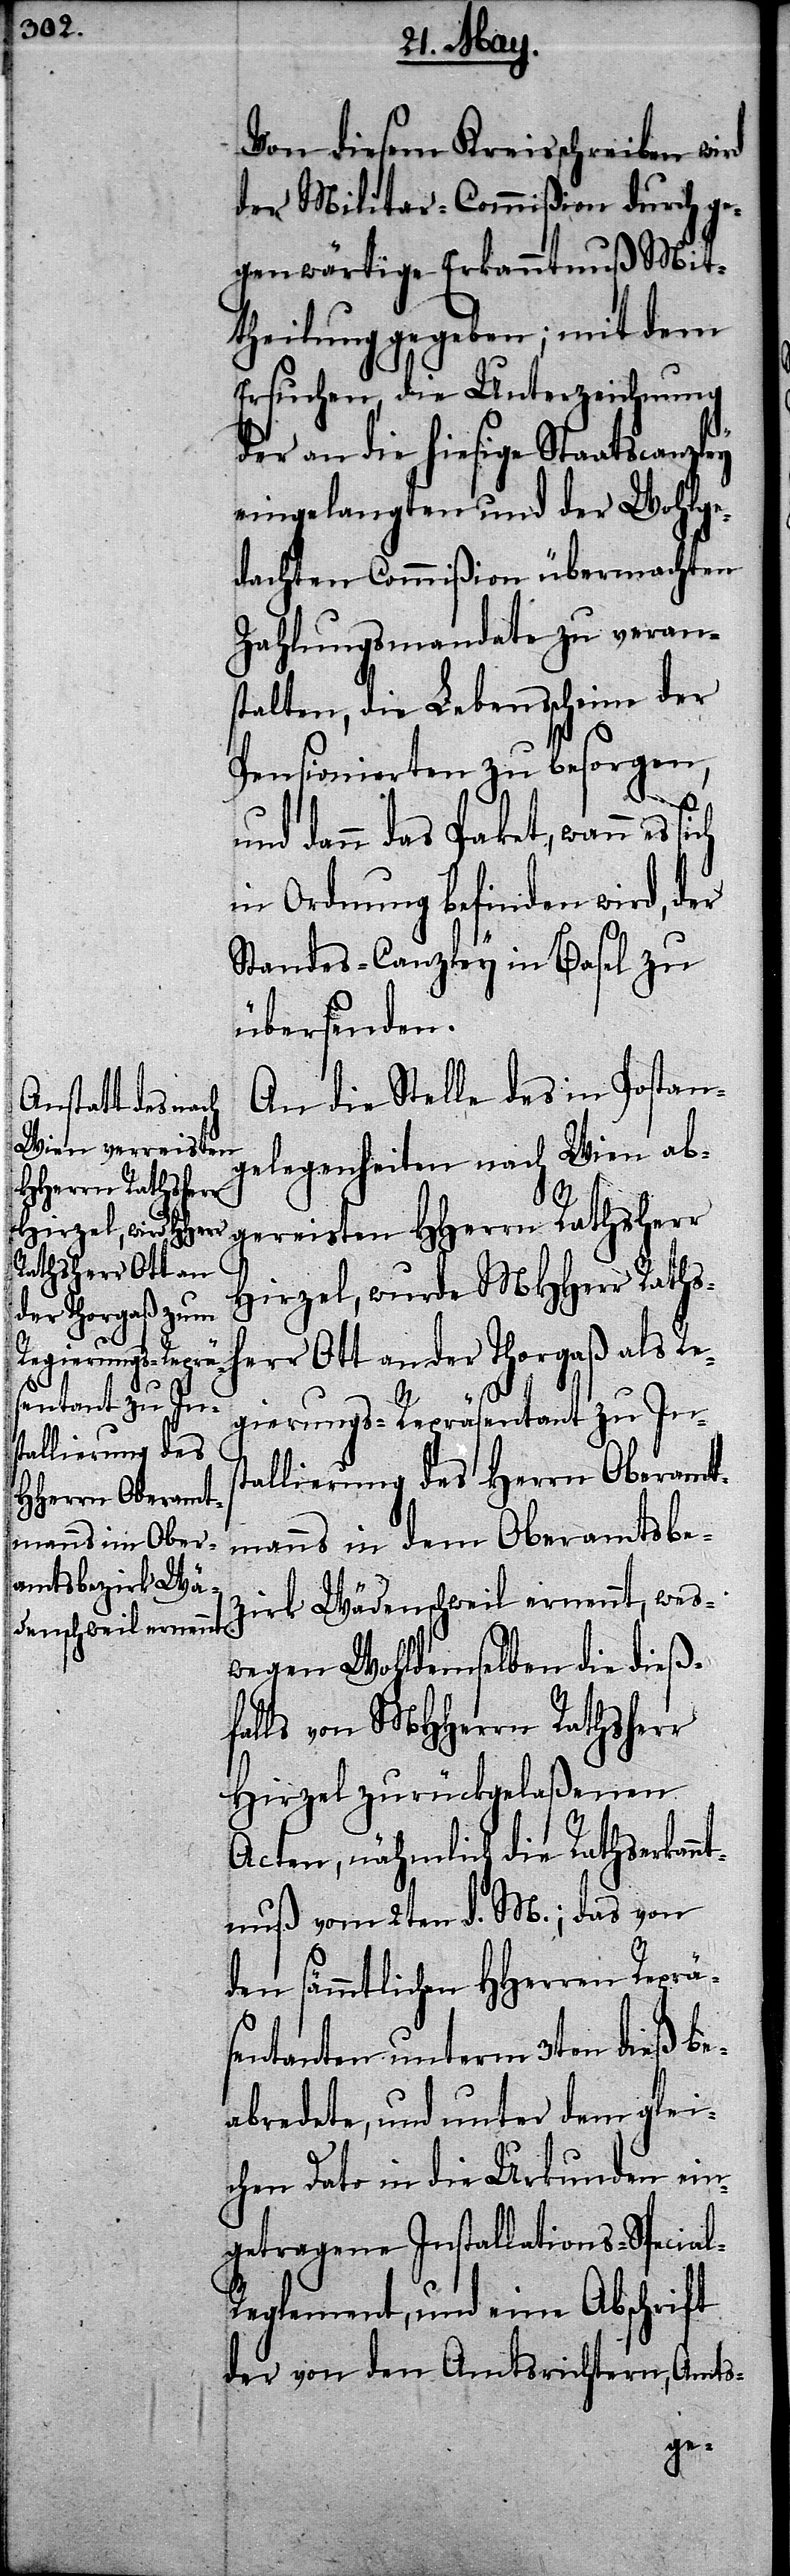
Von diesem Kreisschreiben wird
der Militar-Commißion durch ge¬
genwärtige Erkanntnuß Mit¬
theilung gegeben; mit dem
Ersuchen, die Unterzeichnung
der an die hiesige Staatscanzley
eingelangten und der Wohlge¬
dachten Commißion übermachten
Zahlungsmandate zu veran¬
stalten, die Lebensscheine der
Pensionierten zu besorgen,
und dann das Paket, wann es
in Ordnung befinden wird, der
Standes-Canzley in Basel zu
übersenden.
An die Stelle des in Postan¬
gelegenheiten nach Wien ab¬
Hirzel, wurde MHHerr Raths¬
herr Ott an der Thorgaß als Re¬
l-R¬
gierungs-Repräsentant zu Ins¬
tallierung des
Herrn Oberamt¬
manns in dem Oberamtsbe¬
zirk Wädenschweil ernennt, wes¬
wegen Wohldemselben die dieß¬
falls von MHHerrn Rathsherr
Hirzel zurückgelaßenen
Acten, nähmlich die Rathserkan¬
ntnuß vom 2ten d. M.; das von
den sämmtlichen HHerren Reprä¬
sentanten unterm 3ten dieß be¬
abredete, und unter dem glei¬
chen Dato in die Urkunden ein¬
getragene Installations-Specia¬
eglement, und eine Abschrift
der von den Amtsrichtern, Amts-